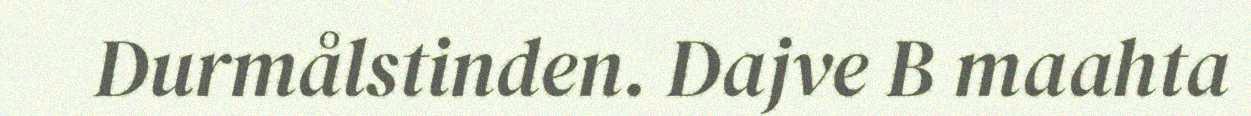
Durmålstinden. Dajve B maahta